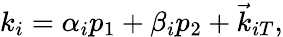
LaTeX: k_{i}=\alpha_{i}p_{1}+\beta_{i}p_{2}+\vec{k}_{iT},